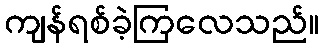
ကျန်ရစ်ခဲ့ကြလေသည်။